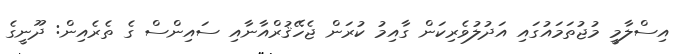
އިސްލާމީ މުޖުތަމައުގައި އަދުލުވެރިކަން ގާއިމު ކުރަން ޖެހޭޤުރްއާނާއި ސައިންސް ގެ ތެރެއިން: ދޫނީގެ